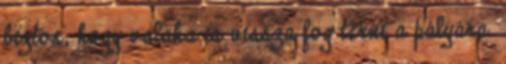
biztos, hogy valaha is vissza fog térni a pályára.